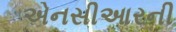
એનસીઆરની